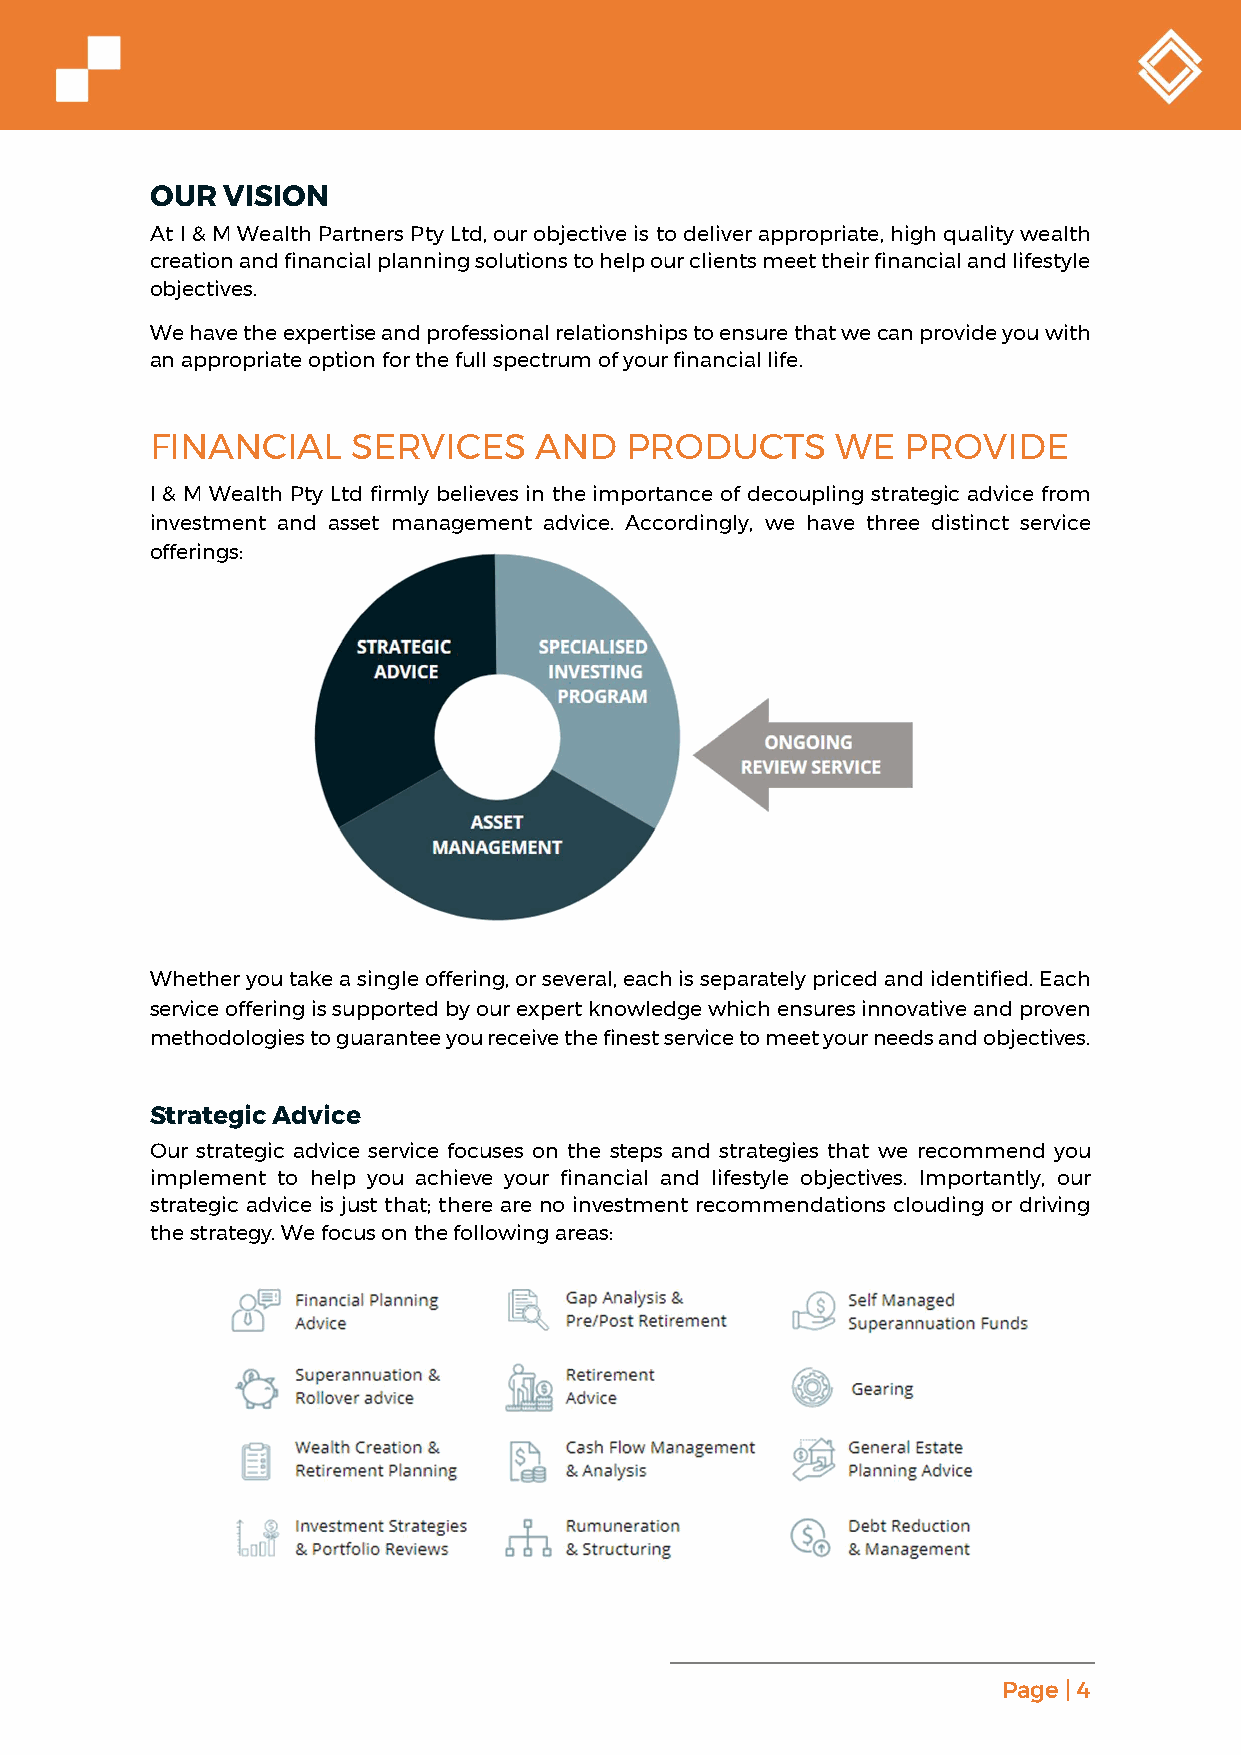
OUR  VISION
 At I & M Wealth Partners Pty Ltd, our objective is to deliver appropriate, high quality wealth
 creation and financial planning solutions to help our clients meet their financial and lifestyle
 objectives.
 We have the expertise and professional relationships to ensure that we can provide you with
 an appropriate option for the full spectrum of your financial life.
 FINANCIAL    SERVICES    AND   PRODUCTS      WE   PROVIDE
 I & M Wealth Pty Ltd firmly believes in the importance of decoupling strategic advice from
 investment and asset management advice. Accordingly, we have three distinct service
 offerings:
 Whether you take a single offering, or several, each is separately priced and identified. Each
 service offering is supported by our expert knowledge which ensures innovative and proven
 methodologies to guarantee you receive the finest service to meet your needs and objectives.
 Strategic Advice
 Our strategic advice service focuses on the steps and strategies that we recommend you
 implement to help you achieve your financial and lifestyle objectives. Importantly, our
 strategic advice is just that; there are no investment recommendations clouding or driving
 the strategy. We focus on the following areas:
 Page | 4